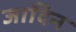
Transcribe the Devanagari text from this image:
जादिन